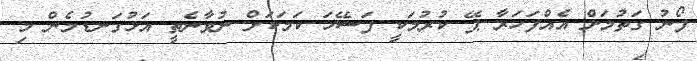
ފޯނު ގަތުމަށް އެއްފަހަރާ ޕޭ ކުރުމަކީ ފަސޭހަ ކަމަކަށް ނުވާނެތީ އަޅުގަނޑުމެން މި